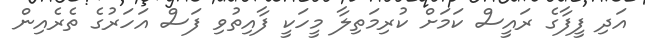
އަދި ފީފާގެ ރައީސް ކަމަށް ކުރިމަތިލާ މީހަކީ ފާއިތުވި ފަސް އަހަރުގެ ތެރެއިން